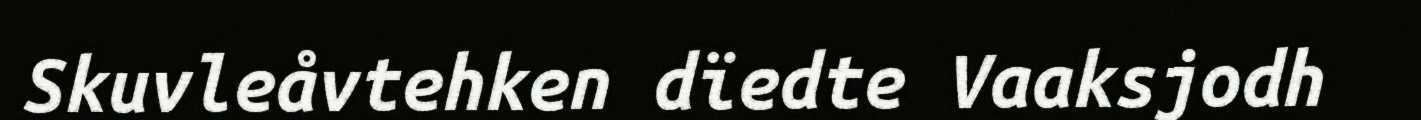
Skuvleåvtehken dïedte Vaaksjodh